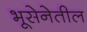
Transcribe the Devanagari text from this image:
भूसेनेतील